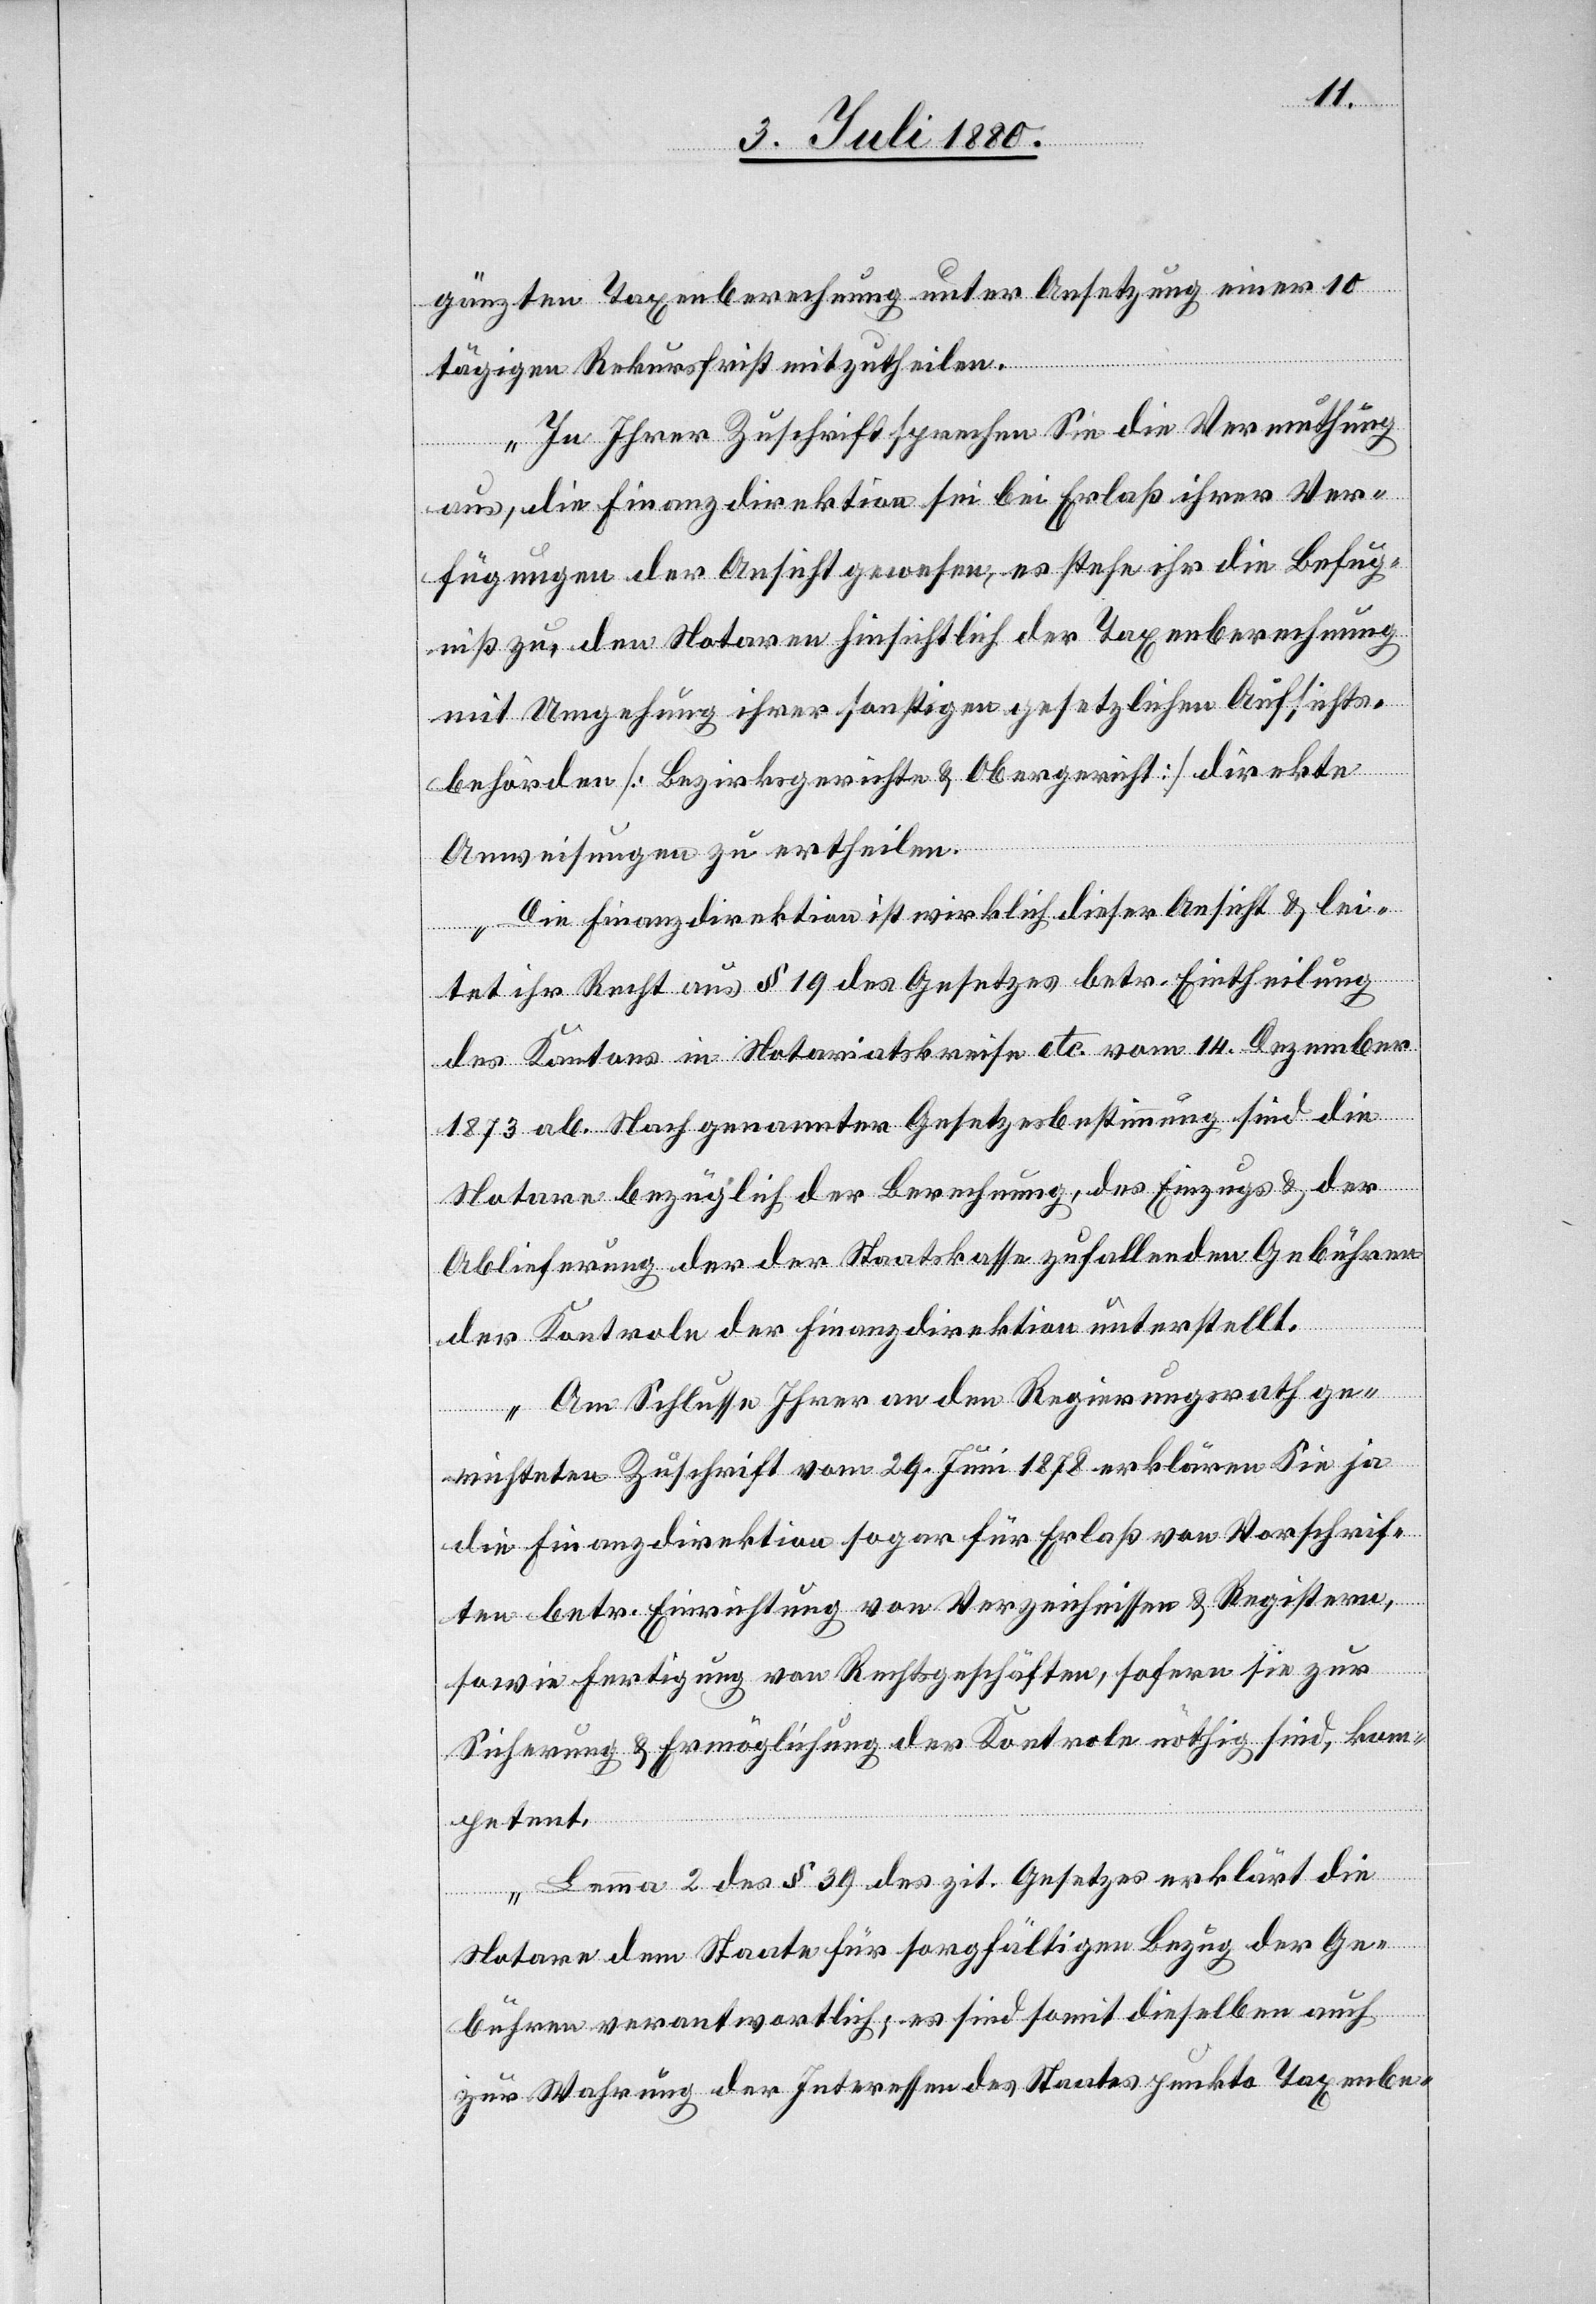
gänzten Taxenberechnung unter Ansetzung einer 10
tägigen Rekursfrist mitzutheilen.
In Ihrer Zuschrift sprechen Sie die Vermuthung
aus, die Finanzdirektion sei bei Erlaß ihrer Ver¬
fügungen der Ansicht gewesen, es stehe ihr die Befug¬
niß zu, den Notaren hinsichtlich der Taxenberechnung
mit Umgehung ihrer sonstigen gesetzlichen Aufsichts¬
behörden [Bezirksgerichte & Obergericht] direkte
Anweisungen zu ertheilen.
Die Finanzdirektion ist wirklich dieser Ansicht & lei¬
tet ihr Recht aus § 19 des Gesetzes betr. Eintheilung
des Kantons in Notariatskreise etc. vom 14. Dezember
1873 ab. Nach genannter Gesetzesbestimmung sind die
Notare bezüglich der Berechnung, des Einzugs & der
Ablieferung der der Staatskasse zufallenden Gebühren
der Kontrole der Finanzdirektion unterstellt.
Am Schlusse Ihrer an den Regierungsrath ge¬
richteten Zuschrift vom 29. Juni 1878 erklären Sie ja
die Finanzdirektion sogar für Erlaß von Vorschrif¬
ten betr. Einrichtung von Verzeichnissen & Registern,
sowie Fertigung von Rechtsgeschäften, sofern sie zur
Sicherung & Ermöglichung der Kontrole nöthig sind, kom¬
petent.
Lemma 2 des § 39 des zit. Gesetzes erklärt die
Notare dem Staate für sorgfältigen Bezug der Ge¬
bühren verantwortlich; es sind somit dieselben auch
zur Wahrung der Interessen des Staates punkto Taxenbe-